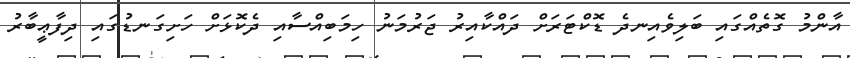
އާންމު ގޮތެއްގައި ބަލިވެއިނދެ ޑޮކްޓަރަށް ދައްކާއިރު ޖަރުމަނު ހިމަބިއްސާއި ދެކޮޅަށް ހަށިގަނޑުގައި ދިފާޢީބާރު